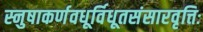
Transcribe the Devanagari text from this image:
स्नुषाकर्णवधूर्विधूतसंसारवृत्तिः